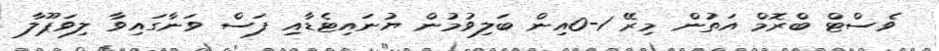
ވެސްޓް ބްރޮމް އަތުން މިރޭ 1-0އިން ބަލިވުމުން ޔުނައިޓެޑާއި ފަސް ވަނާގައިވާ ލިވަޕޫލާ